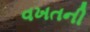
વખતની